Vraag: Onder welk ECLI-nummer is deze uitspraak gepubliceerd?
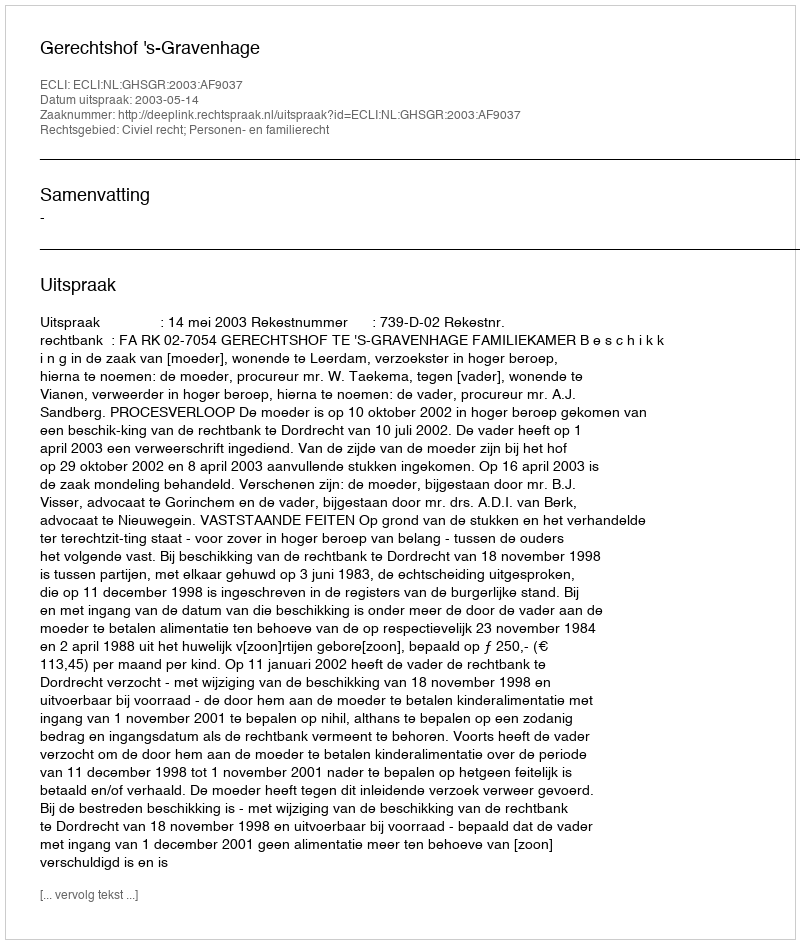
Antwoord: ECLI:NL:GHSGR:2003:AF9037